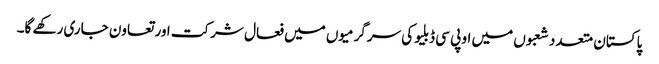
پاکستان متعدد شعبوں میں او پی سی ڈبلیو کی سرگرمیوں میں فعال شرکت اور تعاون جاری رکھے گا۔